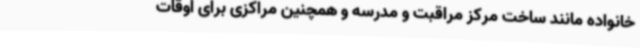
خانواده مانند ساخت مرکز مراقبت و مدرسه و همچنین مراکزی برای اوقات